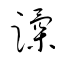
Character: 蹂